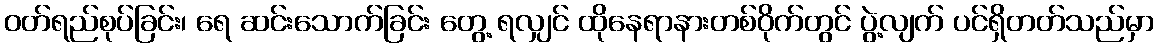
ဝတ်ရည်စုပ်ခြင်း၊ ရေ ဆင်းသောက်ခြင်း တွေ့ ရလျှင် ထိုနေရာနားတစ်ဝိုက်တွင် ပွဲ့လျက် ပင်ရှိတတ်သည်မှာ